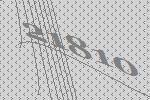
21810